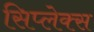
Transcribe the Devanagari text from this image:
सिप्लेक्स